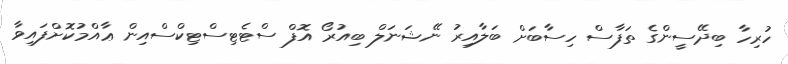
ހުރިހާ ބިދޭސީންގެ ތަފާސް ހިސާބަށް ބަލާއިރު ނޭޝަނަލް ބިއުރޯ އޮފް ސްޓެޓިސްޓިކްސްއިން ޢާއްމުކޮށްފައިވާ